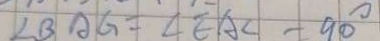
\angle B A G = \angle E A C = 9 0 ^ { \circ }